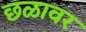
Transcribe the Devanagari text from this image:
छळावर